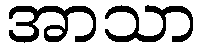
အာသာ